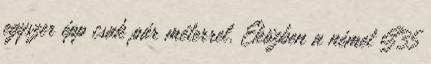
egyszer épp csak pár méterrel. Eközben a német S35